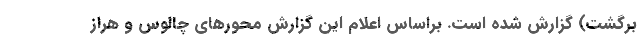
برگشت) گزارش شده است. براساس اعلام این گزارش محورهای چالوس و هراز